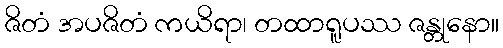
ဇိတံ အပဇိတံ ကယိရာ၊ တထာရူပဿ ဇန္တုနော။